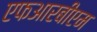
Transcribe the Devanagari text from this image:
एफआरबीएम